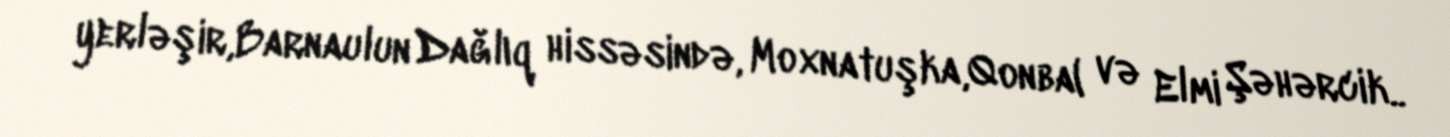
yerləşir,Barnaulun Dağlıq hissəsində, Moxnatuşka,Qonba( və Elmi Şəhərcik..